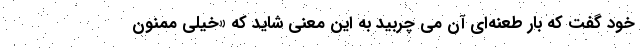
خود گفت که بارِ طعنه‌ای آن می چربید به این معنی شاید که «خیلی ممنون